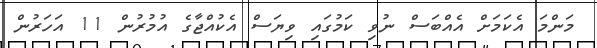
މަންމަ އެކަމަށް އެއްބަސް ނުވި ކަމުގައި ވިޔަސް އެކުއްޖާގެ އުމުރުން 11 އަހަރުން